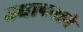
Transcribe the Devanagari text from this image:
उद्यापनाने